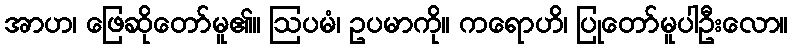
အာဟ၊ ဖြေဆိုတော်မူ၏။ ဩပမံ၊ ဥပမာကို။ ကရောဟိ၊ ပြုတော်မူပါဦးလော။